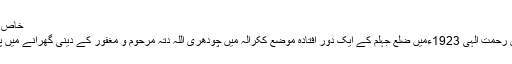
خاص مضمون
چودھری رحمت الٰہی 1923ءمیں ضلع جہلم کے ایک دور افتادہ موضع ککرالہ میں چودھری اللہ دتہ مرحوم و مغفور کے دینی گھرانے میں پیداہوئے۔